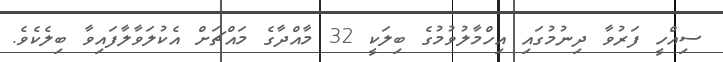
ސިއްހީ ފަރުވާ ދިނުމުގައި އިހްމާލުވުމުގެ ބިލަކީ 32 މާއްދާގެ މައްޗަށް އެކުލަވާލާފައިވާ ބިލެކެވެ.